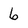
Character: 6